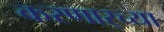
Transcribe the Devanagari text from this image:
करणार्‍च्या